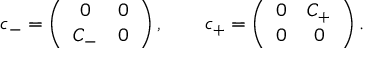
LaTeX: c _ { - } = \left( \begin{array} { c c } { { 0 } } & { { 0 } } \\ { { C _ { - } } } & { { 0 } } \end{array} \right) , \qquad c _ { + } = \left( \begin{array} { c c } { { 0 } } & { { C _ { + } } } \\ { { 0 } } & { { 0 } } \end{array} \right) .